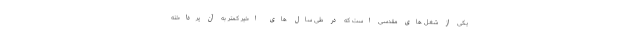
یکی از شغل های مقدسی است که در طی سال های اخیر کمتر به آن پرداخته